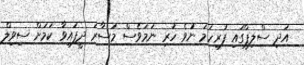
އަދި ސްލިޕްގައި ފުރިހަމަ ނުވެ ހުރި ނަމަވެސް މުސާރަ ދީފައިވާ ކަމަށް ސިވިލް